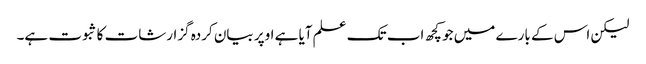
لیکن اس کے بارے میں جو کچھ اب تک علم آیا ہے اوپر بیان کردہ گزارشات کا ثبوت ہے۔